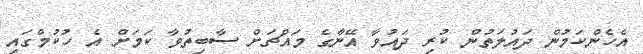
އެހެންކަމުން ދައުލަތުން ކުރި ދައުވާ އޭނާގެ މައްޗަށް ސާބިތުވާ ކަމަށް އެ ހުކުމްގައި